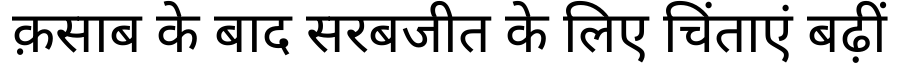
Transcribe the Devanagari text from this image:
क़साब के बाद सरबजीत के लिए चिंताएं बढ़ीं